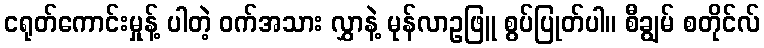
ငရုတ်ကောင်းမှုန့် ပါတဲ့ ဝက်အသား လွှာနဲ့ မုန်လာဥဖြူ စွပ်ပြုတ်ပါ။ စီချွမ် စတိုင်လ်